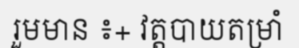
រួមមាន ៖+ វត្តបាយតម្រាំ